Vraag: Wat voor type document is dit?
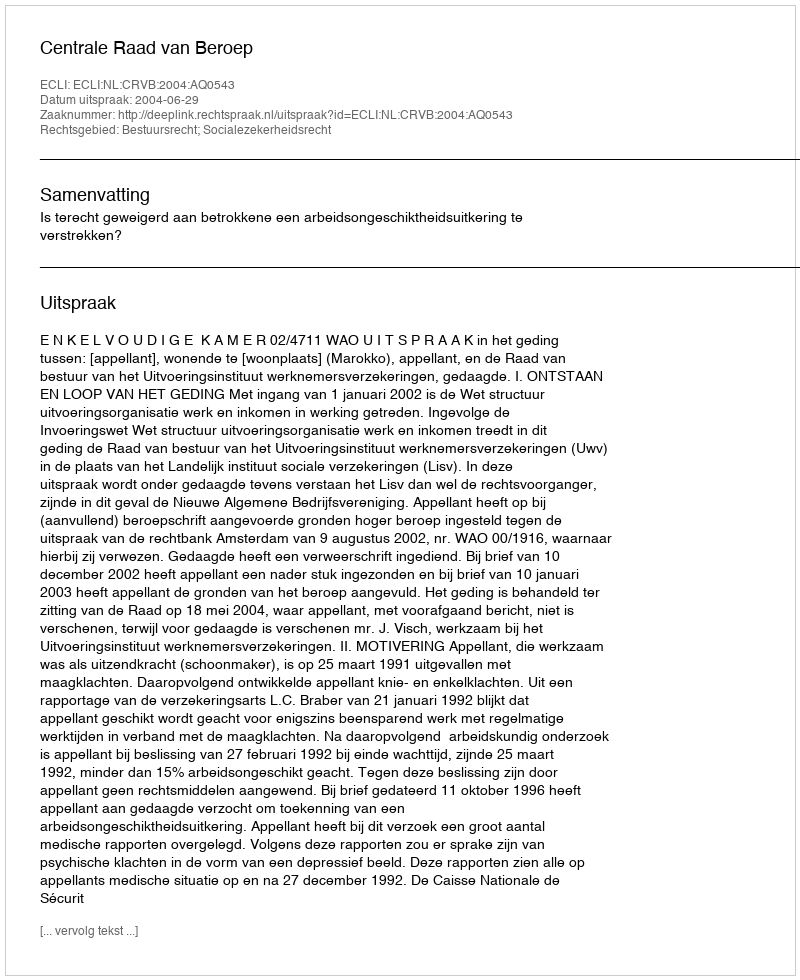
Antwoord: Uitspraak